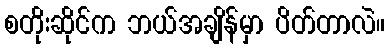
စတိုးဆိုင်က ဘယ်အချိန်မှာ ပိတ်တာလဲ။